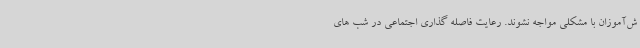
ش‌آموزان با مشکلی مواجه نشوند. رعایت فاصله گذاری اجتماعی در شب های